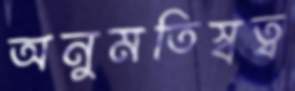
অনুমতিস্বত্ব